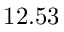
1 2 . 5 3